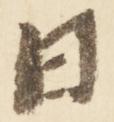
日